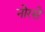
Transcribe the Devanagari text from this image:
नोरसे